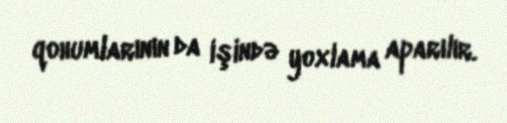
qohumlarının da işində yoxlama aparılır.